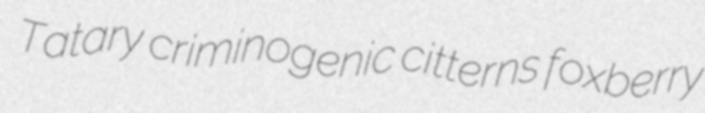
Tatary criminogenic citterns foxberry